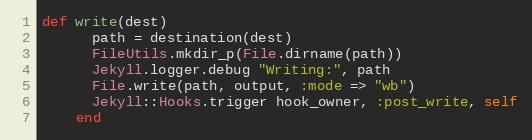
Language: Ruby
def write(dest)
      path = destination(dest)
      FileUtils.mkdir_p(File.dirname(path))
      Jekyll.logger.debug "Writing:", path
      File.write(path, output, :mode => "wb")
      Jekyll::Hooks.trigger hook_owner, :post_write, self
    end